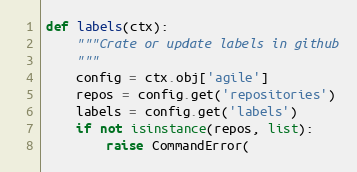
Language: Python
def labels(ctx):
    """Crate or update labels in github
    """
    config = ctx.obj['agile']
    repos = config.get('repositories')
    labels = config.get('labels')
    if not isinstance(repos, list):
        raise CommandError(